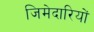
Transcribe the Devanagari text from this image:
जिमेदारियों